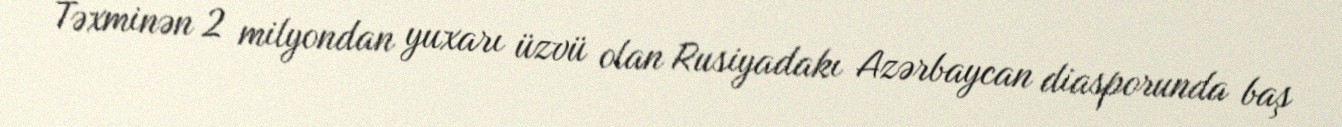
Təxminən 2 milyondan yuxarı üzvü olan Rusiyadakı Azərbaycan diasporunda baş